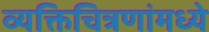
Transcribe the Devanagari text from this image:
व्यक्तिचित्रणांमध्ये